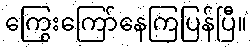
ကြွေးကြော်နေကြပြန်ပြီ။